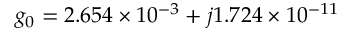
g _ { 0 } = 2 . 6 5 4 \times 1 0 ^ { - 3 } + j 1 . 7 2 4 \times 1 0 ^ { - 1 1 }